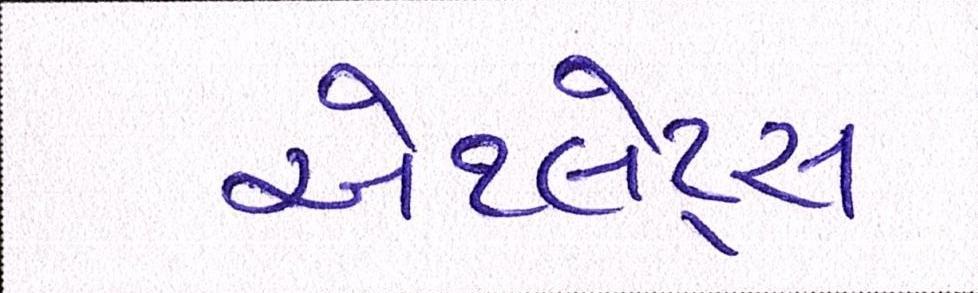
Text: એથ્લેટ્સ